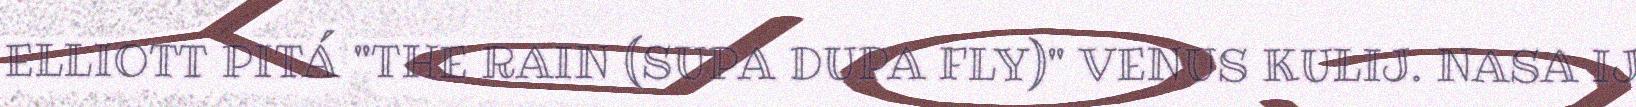
ELLIOTT PITÁ "THE RAIN (SUPA DUPA FLY)" VENUS KULIJ. NASA IJ